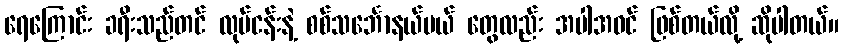
ရေကြောင်း ခရီးသည်တင် လုပ်ငန်းနဲ့ စစ်သင်္ဘောနယ်ပယ် တွေလည်း အပါအဝင် ဖြစ်တယ်လို့ ဆိုပါတယ်။